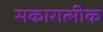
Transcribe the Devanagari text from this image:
सकारात्मीक